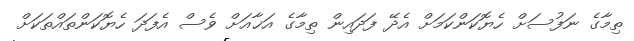
ތިމާގެ ނަފުސަށް ހެޔޮކަންކަމަށް އެދޭ ފަދައިން ތިމާގެ އަޚާއަށް ވެސް އެފަދަ ހެޔޮކަންތައްތަކަށް